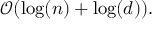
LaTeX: { \mathcal { O } } ( \log ( n ) + \log ( d ) ) .